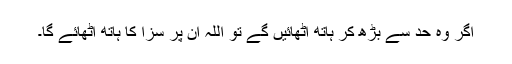
اگر وہ حد سے بڑھ کر ہاتھ اٹھائیں گے تو اللہ ان پر سزا کا ہاتھ اٹھائے گا۔